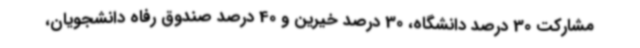
مشارکت 30 درصد دانشگاه، 30 درصد خیرین و 40 درصد صندوق رفاه دانشجویان،